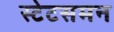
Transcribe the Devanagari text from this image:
स्टेटसमन